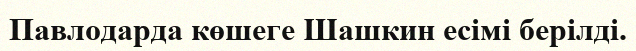
Павлодарда көшеге Шашкин есімі берілді.